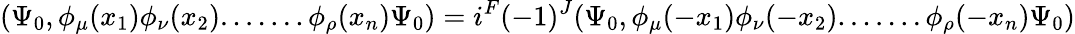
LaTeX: (\Psi_{0},\phi_{\mu}(x_{1})\phi_{\nu}(x_{2}).......\phi_{\rho}(x_{n})\Psi_{0})=i^{F}(-1)^{J}(\Psi_{0},\phi_{\mu}(-x_{1})\phi_{\nu}(-x_{2}).......\phi_{\rho}(-x_{n})\Psi_{0})